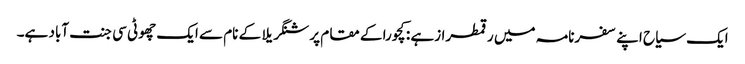
ایک سیاح اپنے سفرنامہ میں رقمطرازہے : کچورا کے مقام پر شنگریلا کے نام سے ایک چھوٹی سی جنت آباد ہے۔